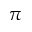
\pi